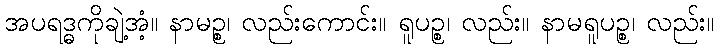
အပရဒ္ဓကိုချဲ့အံ့။ နာမဉ္စ၊ လည်းကောင်း။ ရူပဉ္စ၊ လည်း။ နာမရူပဉ္စ၊ လည်း။